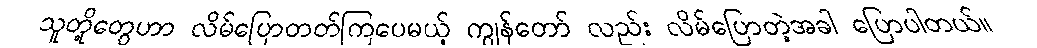
သူတို့တွေဟာ လိမ်ပြောတတ်ကြပေမယ့် ကျွန်တော် လည်း လိမ်ပြောတဲ့အခါ ပြောပါတယ်။